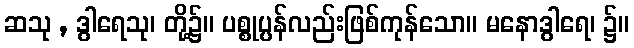
ဆသု , ဒွါရေသု၊ တို့၌။ ပစ္စုပ္ပန်လည်းဖြစ်ကုန်သော။ မနောဒွါရေ၊ ၌။